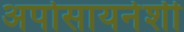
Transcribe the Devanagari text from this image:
अपोसायनेशी